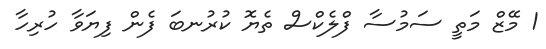
1 މޭޒް މަތީ ސަމުސާ ފްލެކްސް ތެޔޮ ކުރުނބަ ފެން ފިޔަވާ ހުރިހާ